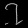
Digit: ၇